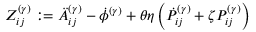
\begin{array} { r } { Z _ { i j } ^ { ( \gamma ) } : = \ddot { A } _ { i j } ^ { ( \gamma ) } - \dot { \phi } ^ { ( \gamma ) } + \theta \eta \left( \dot { P } _ { i j } ^ { ( \gamma ) } + \zeta P _ { i j } ^ { ( \gamma ) } \right) } \end{array}